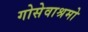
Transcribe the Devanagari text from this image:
गोसेवाश्रमो